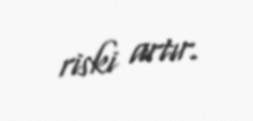
riski artır.